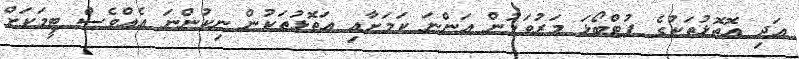
އަދި އޮތޮޅުތަކުގެ ފުޓްބޯޅަ މަރުވަމުން އަންނަ ކަމަށާއި އަތޮޅުތަކުން ނިކުންނަ އެއްވެސް ޓީމަކަށް